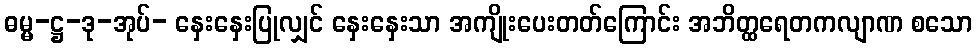
ဓမ္မ-ဋ္ဌ-ဒု-အုပ်- နှေးနှေးပြုလျှင် နှေးနှေးသာ အကျိုးပေးတတ်ကြောင်း အဘိတ္ထရေတကလျာဏ စသော